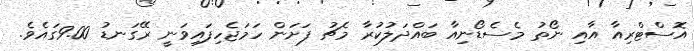
އޮސްޓްރިއާ އާއި ނޯތު މެސެޑޯނިއާ ބައްދަލުކުރާ މެޗު ފަށަން ހަމަޖެހިފައިވަނީ ރޭގަނޑު 9.00ގައެވެ.